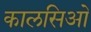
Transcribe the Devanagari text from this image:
कालसिओ